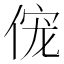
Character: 𫢹